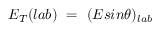
E _ { T } ( { l a b } ) \ = \ ( E s i n \theta ) _ { l a b }